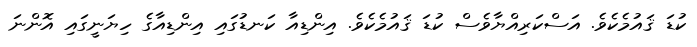
ކުޑަ ޤައުމެކެވެ. އަސްކަރިއްޔާވެސް ކުޑަ ޤައުމެކެވެ. އިންޑިއާ ކަނޑުގައި އިންޑިއާގެ ހިޔަނީގައި އޮންނަ